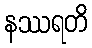
နဿရတိ